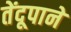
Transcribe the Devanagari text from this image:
तेंदूपाने